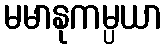
မမာနုကမ္ပယာ